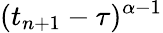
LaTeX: (t_{n+1}-\tau)^{\alpha-1}